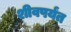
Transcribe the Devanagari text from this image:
शीवपर्यंत